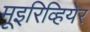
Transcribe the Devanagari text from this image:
मूइरिव्हियेर